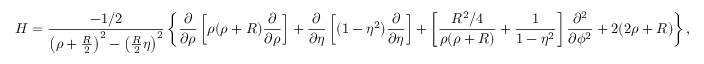
H = \frac { - 1 / 2 } { \left( \rho + \frac { R } { 2 } \right) ^ { 2 } - \left( \frac { R } { 2 } \eta \right) ^ { 2 } } \left\{ \frac { \partial } { \partial \rho } \left[ \rho ( \rho + R ) \frac { \partial } { \partial \rho } \right] + \frac { \partial } { \partial \eta } \left[ ( 1 - \eta ^ { 2 } ) \frac { \partial } { \partial \eta } \right] + \left[ \frac { R ^ { 2 } / 4 } { \rho ( \rho + R ) } + \frac { 1 } { 1 - \eta ^ { 2 } } \right] \frac { \partial ^ { 2 } } { \partial \phi ^ { 2 } } + 2 ( 2 \rho + R ) \right\} ,